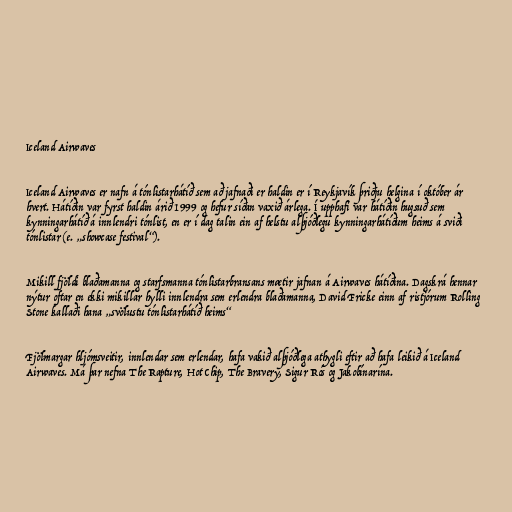
Iceland Airwaves

Iceland Airwaves er nafn á tónlistarhátíð sem að jafnaði er haldin er í Reykjavík þriðju helgina í október ár
hvert. Hátíðin var fyrst haldin árið 1999 og hefur síðan vaxið árlega. Í upphafi var hátíðin hugsuð sem
kynningarhátíð á innlendri tónlist, en er í dag talin ein af helstu alþjóðlegu kynningarhátíðum heims á sviði
tónlistar (e. „showcase festival“).

Mikill fjöldi blaðamanna og starfsmanna tónlistarbransans mætir jafnan á Airwaves hátíðina. Dagskrá hennar
nýtur oftar en ekki mikillar hylli innlendra sem erlendra blaðamanna, David Fricke einn af ristjórum Rolling
Stone kallaði hana „svölustu tónlistarhátíð heims“

Fjölmargar hljómsveitir, innlendar sem erlendar, hafa vakið alþjóðlega athygli eftir að hafa leikið á Iceland
Airwaves. Má þar nefna The Rapture, Hot Chip, The Bravery, Sigur Rós og Jakobínarína.